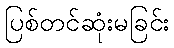
ပြစ်တင်ဆုံးမခြင်း